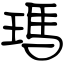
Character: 瑪